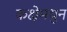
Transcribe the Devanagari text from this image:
कक्षेमधुन